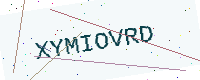
Text: XYMIOVRD